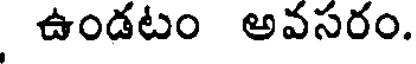
ఉండటం అవసరం.